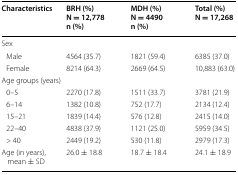
<table><thead><tr><td><b>Characteristics</b></td><td><b>BRH (%) N = 12,778n (%)</b></td><td><b>MDH (%) N = 4490n (%)</b></td><td><b>Total (%)N = 17,268</b></td></tr></thead><tbody><tr><td colspan="4">Sex</td></tr><tr><td> Male</td><td>4564 (35.7)</td><td>1821 (59.4)</td><td>6385 (37.0)</td></tr><tr><td> Female</td><td>8214 (64.3)</td><td>2669 (64.5)</td><td>10,883 (63.0)</td></tr><tr><td colspan="4">Age groups (years)</td></tr><tr><td> 0–5</td><td>2270 (17.8)</td><td>1511 (33.7)</td><td>3781 (21.9)</td></tr><tr><td> 6–14</td><td>1382 (10.8)</td><td>752 (17.7)</td><td>2134 (12.4)</td></tr><tr><td> 15–21</td><td>1839 (14.4)</td><td>576 (12.8)</td><td>2415 (14.0)</td></tr><tr><td> 22–40</td><td>4838 (37.9)</td><td>1121 (25.0)</td><td>5959 (34.5)</td></tr><tr><td> &gt; 40</td><td>2449 (19.2)</td><td>530 (11.8)</td><td>2979 (17.3)</td></tr><tr><td>Age (in years), mean ± SD</td><td>26.0 ± 18.8</td><td>18.7 ± 18.4</td><td>24.1 ± 18.9</td></tr></tbody></table>